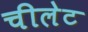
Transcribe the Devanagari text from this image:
चीलेट